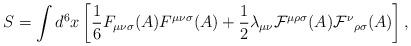
LaTeX: \begin{align*}S=\int d^{6}x\left[{\frac 1 6}F_{{\mu}{\nu}{\sigma}}(A)F^{{\mu}{\nu}{\sigma}}(A)+{\frac 1 2}{\lambda}_{{\mu}{\nu}}{\cal F}^{{\mu}{\rho}{\sigma}}(A){{\cal F}^{\nu}}_{{\rho}{\sigma}}(A)\right],\end{align*}